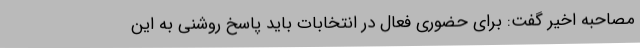
مصاحبه اخیر گفت: برای حضوری فعال در انتخابات باید پاسخ روشنی به این